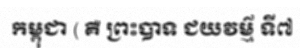
កម្ពុជា ( គឺ ព្រះបាទ ជយវម៌្ម ទី៧